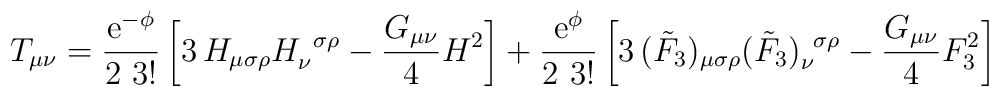
T_{\mu \nu} =   \frac{{\rm e}^{-\phi}}{2\,\,3!} \left[ 3\,H_{\mu\sigma\rho}H_{\nu}^{\,\,\,\sigma\rho} - \frac{G_{\mu\nu}}{4}H^2\right]+ \frac{ {\rm e}^{\phi} } {2\,\,3!} \left[ 3 \,(\tilde{F}_3)_{\mu\sigma\rho}(\tilde{F}_3)_{\nu}^{\,\,\,\sigma\rho} -\frac{G_{\mu\nu}}{4} F_3^2\right]